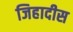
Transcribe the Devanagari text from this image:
जिहादीस